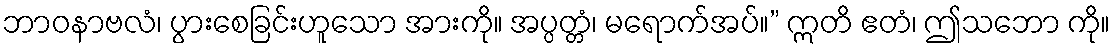
ဘာဝနာဗလံ၊ ပွားစေခြင်းဟူသော အားကို။ အပ္ပတ္တံ၊ မရောက်အပ်။” ဣတိ ဧတံ၊ ဤသဘော ကို။